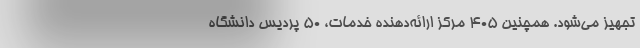
تجهیز می‌شود. همچنین ۴۰۵ مرکز ارائه‌دهنده خدمات، ۵۰ پردیس دانشگاه